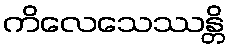
ကိလေသေဿန္တိ